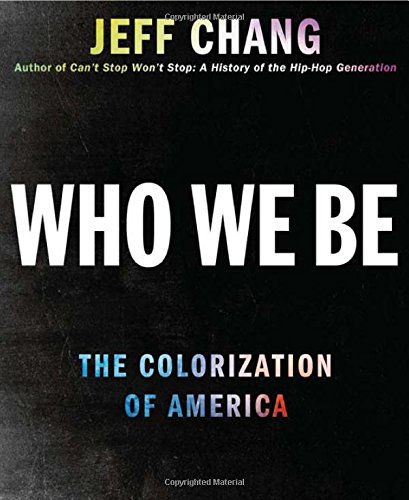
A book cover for Who We Be: A Cultural History of Race in Post-Civil Rights America; Jeff Chang; History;